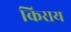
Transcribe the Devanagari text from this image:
किराय